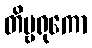
တိမ္ဗရုကော